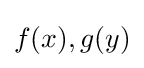
f(x),g(y)